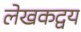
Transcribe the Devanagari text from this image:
लेखकद्वय